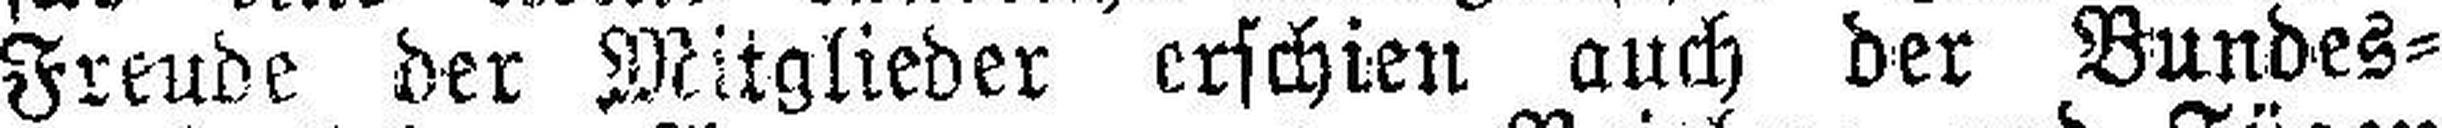
Freude der Mitglieder erschien auch der Bundes¬